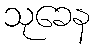
သုခေန